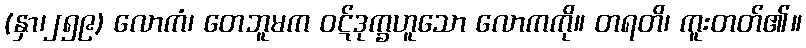
(နှာ၊၂၅၉) လောကံ၊ တေဘူမက ဝဋ်ဒုက္ခဟူသော လောကကို။ တရတိ၊ ကူးတတ်၏။